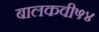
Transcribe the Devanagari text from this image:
बालकवी५४